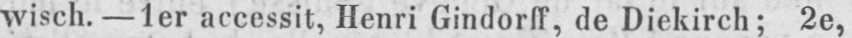
wisch. - 1er accessit, Henri Gindorff, de Diekirch; 2e,